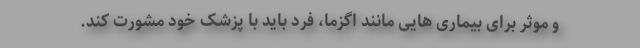
و موثر برای بیماری هایی مانند اگزما، فرد باید با پزشک خود مشورت کند.